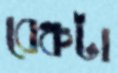
বেঞ্চটা